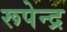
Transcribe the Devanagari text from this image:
रूपेन्द्र